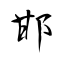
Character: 邯